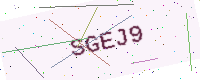
Text: SGEJ9